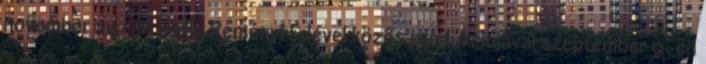
november 24-én pedig Reményi Edével közös produkciójával szeptember 9-én